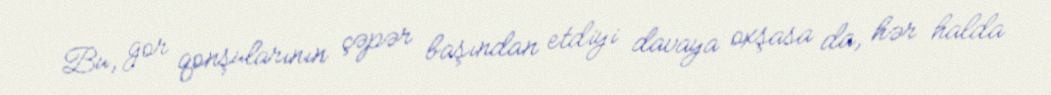
Bu, gor qonşularının çəpər başından etdiyi davaya oxşasa da, hər halda